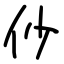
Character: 仯